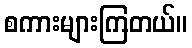
စကားများကြတယ်။